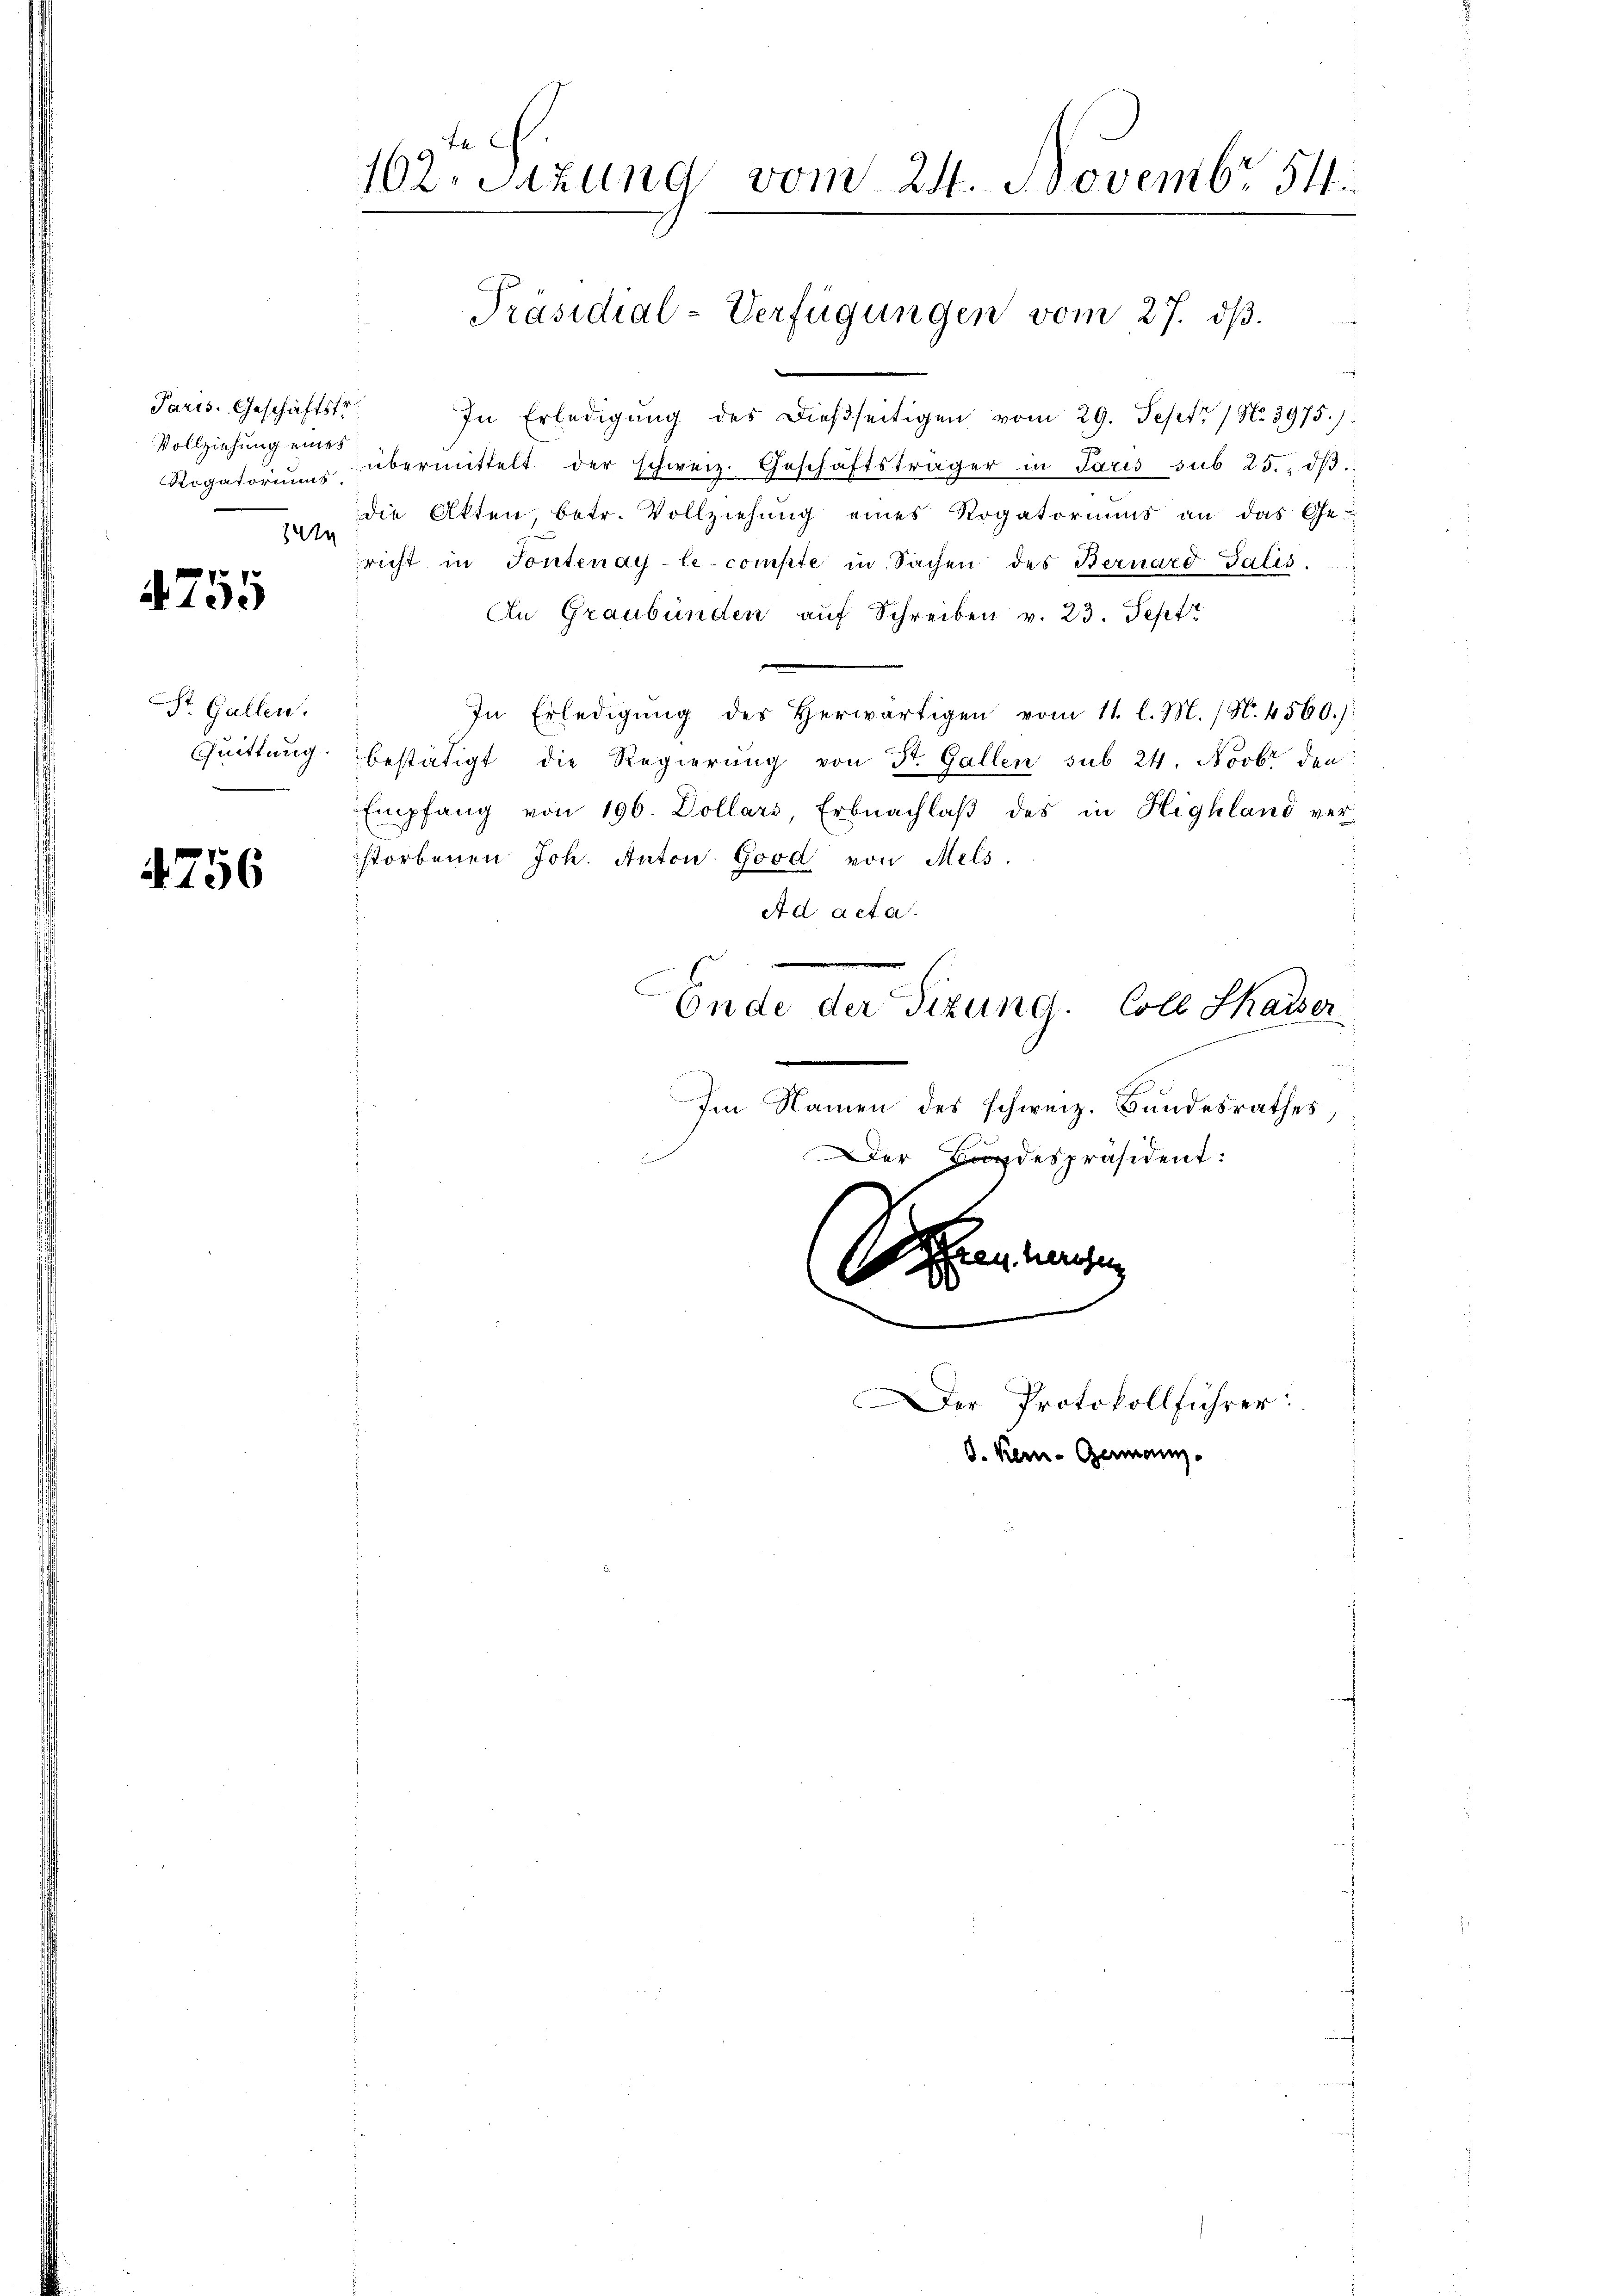
Paris. Geschäftstr
Vollziehung eines
Rogatoriums.
341

4755

St. Gallen.

4756

F
162. Sitzung vom 24. Novembr. 154

In Erledigŭng des dießseitigen vom 29. Sept No. 3975.)
übermittelt der schweiz. Geschäftsträger in Paris sub 25. dβ.
die Akten betr. Vollziehung eines Rogatoriums an das Ge-
richt in Tontenay-le-compte in Sachen des Bernard Salis
In Graubünden auf Schreiben v. 23. Sept
In Erledigŭng des herwärtigen vom 11. l. M. (N. 4560.):
Quittung bestätigt die Regierung von St. Gallen sub 24. Novbr den
Empfang von 196. Dollars, Erbnachlaβ des in Highland ver-
storbenen Joh. Anton Good von Mels.
Ad acta.
e
Ende der Sizung. Coll Kaiser
Im Namen des schweiz. Bundesrathes,
Der Bundespräsident:
Brennungen

Präsidial-Verfügungen vom 27. ds.

d. Kern- Germann.

Ol

Der Protokollführer: